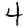
Digit: 4